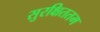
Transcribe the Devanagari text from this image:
सुरक्षिततम